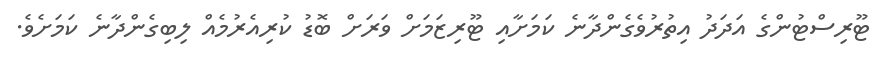
ޓޫރިސްޓުންގެ އަދަދު އިތުރުވެގެންދާނެ ކަމަށާއި ޓޫރިޒަމަށް ވަރަށް ބޮޑު ކުރިއެރުމެއް ލިބިގެންދާނެ ކަމަށެވެ.